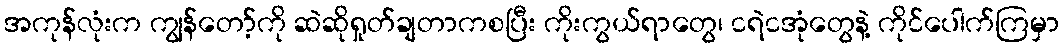
အကုန်လုံးက ကျွန်တော့်ကို ဆဲဆိုရှုတ်ချတာကစပြီး ကိုးကွယ်ရာတွေ၊ ငရဲငအုံတွေနဲ့ ကိုင်ပေါက်ကြမှာ